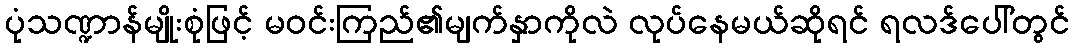
ပုံသဏ္ဍာန်မျိုးစုံဖြင့် မဝင်းကြည်၏မျက်နှာကိုလဲ လုပ်နေမယ်ဆိုရင် ရလဒ်ပေါ်တွင်